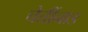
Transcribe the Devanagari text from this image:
चेत्तींनाड